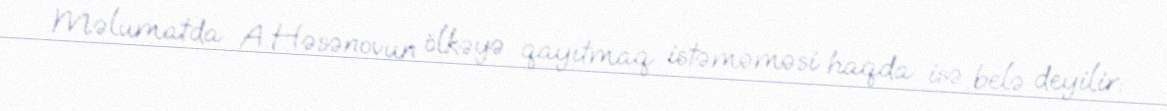
Məlumatda A.Həsənovun ölkəyə qayıtmaq istəməməsi haqda isə belə deyilir: